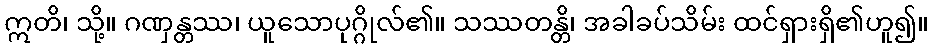
ဣတိ၊ သို့။ ဂဏှန္တဿ၊ ယူသောပုဂ္ဂိုလ်၏။ သဿတန္တိ၊ အခါခပ်သိမ်း ထင်ရှားရှိ၏ဟူ၍။